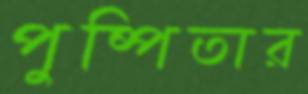
পুষ্পিতার